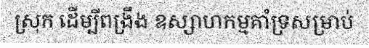
ស្រុក ដើម្បីពង្រឹង ឧស្សាហកម្មគាំទ្រសម្រាប់